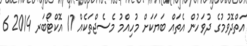
އަތްދޮވުމުގެ ދުވަހުން އެތައް ބަޔަކަށް މުހިއްމު މެސެޖްތަކެއް 17 އޮކްޓޯބަރ 2014 6